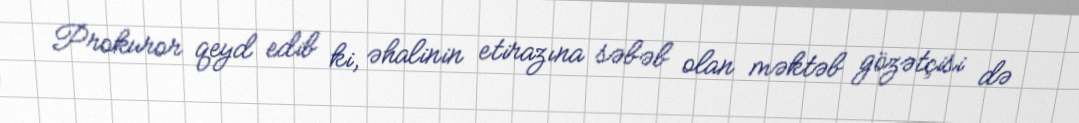
Prokuror qeyd edib ki, əhalinin etirazına səbəb olan məktəb gözətçisi də